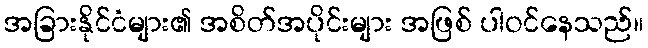
အခြားနိုင်ငံများ၏ အစိတ်အပိုင်းများ အဖြစ် ပါဝင်နေသည်။